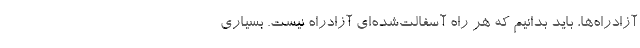
آزادراه‌ها، باید بدانیم که هر راه آسفالت‌شده‌ای آزادراه نیست. بسیاری